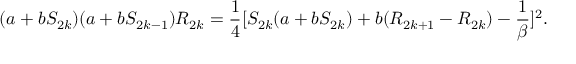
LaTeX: ( a + b S _ { 2 k } ) ( a + b S _ { 2 k - 1 } ) R _ { 2 k } = { \frac { 1 } { 4 } } [ S _ { 2 k } ( a + b S _ { 2 k } ) + b ( R _ { 2 k + 1 } - R _ { 2 k } ) - { \frac { 1 } { \beta } } ] ^ { 2 } .